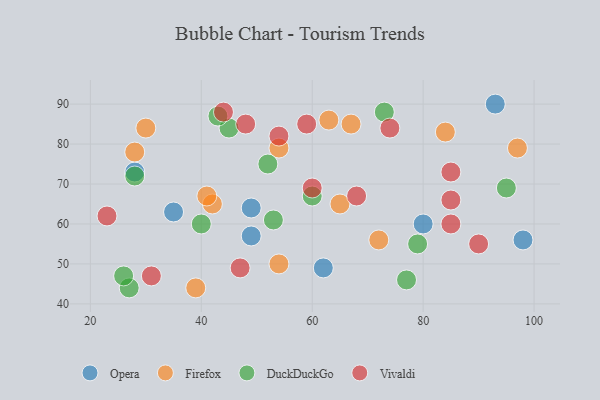
{"axis": {"x": "GDP", "y": "Life Expectancy"}, "legend": ["DuckDuckGo", "Firefox", "Opera", "Vivaldi"], "data": [{"x": "80", "y": 60, "type": "Opera"}, {"x": "49", "y": 64, "type": "Opera"}, {"x": "62", "y": 49, "type": "Opera"}, {"x": "98", "y": 56, "type": "Opera"}, {"x": "93", "y": 90, "type": "Opera"}, {"x": "35", "y": 63, "type": "Opera"}, {"x": "28", "y": 73, "type": "Opera"}, {"x": "49", "y": 57, "type": "Opera"}, {"x": "42", "y": 65, "type": "Firefox"}, {"x": "97", "y": 79, "type": "Firefox"}, {"x": "65", "y": 65, "type": "Firefox"}, {"x": "54", "y": 79, "type": "Firefox"}, {"x": "54", "y": 50, "type": "Firefox"}, {"x": "28", "y": 78, "type": "Firefox"}, {"x": "67", "y": 85, "type": "Firefox"}, {"x": "63", "y": 86, "type": "Firefox"}, {"x": "72", "y": 56, "type": "Firefox"}, {"x": "41", "y": 67, "type": "Firefox"}, {"x": "84", "y": 83, "type": "Firefox"}, {"x": "39", "y": 44, "type": "Firefox"}, {"x": "30", "y": 84, "type": "Firefox"}, {"x": "45", "y": 84, "type": "DuckDuckGo"}, {"x": "95", "y": 69, "type": "DuckDuckGo"}, {"x": "53", "y": 61, "type": "DuckDuckGo"}, {"x": "28", "y": 72, "type": "DuckDuckGo"}, {"x": "27", "y": 44, "type": "DuckDuckGo"}, {"x": "73", "y": 88, "type": "DuckDuckGo"}, {"x": "26", "y": 47, "type": "DuckDuckGo"}, {"x": "40", "y": 60, "type": "DuckDuckGo"}, {"x": "43", "y": 87, "type": "DuckDuckGo"}, {"x": "77", "y": 46, "type": "DuckDuckGo"}, {"x": "79", "y": 55, "type": "DuckDuckGo"}, {"x": "52", "y": 75, "type": "DuckDuckGo"}, {"x": "60", "y": 67, "type": "DuckDuckGo"}, {"x": "85", "y": 60, "type": "Vivaldi"}, {"x": "60", "y": 69, "type": "Vivaldi"}, {"x": "90", "y": 55, "type": "Vivaldi"}, {"x": "31", "y": 47, "type": "Vivaldi"}, {"x": "48", "y": 85, "type": "Vivaldi"}, {"x": "85", "y": 73, "type": "Vivaldi"}, {"x": "54", "y": 82, "type": "Vivaldi"}, {"x": "59", "y": 85, "type": "Vivaldi"}, {"x": "85", "y": 66, "type": "Vivaldi"}, {"x": "23", "y": 62, "type": "Vivaldi"}, {"x": "47", "y": 49, "type": "Vivaldi"}, {"x": "74", "y": 84, "type": "Vivaldi"}, {"x": "44", "y": 88, "type": "Vivaldi"}, {"x": "68", "y": 67, "type": "Vivaldi"}]}